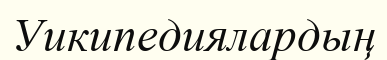
Уикипедиялардың